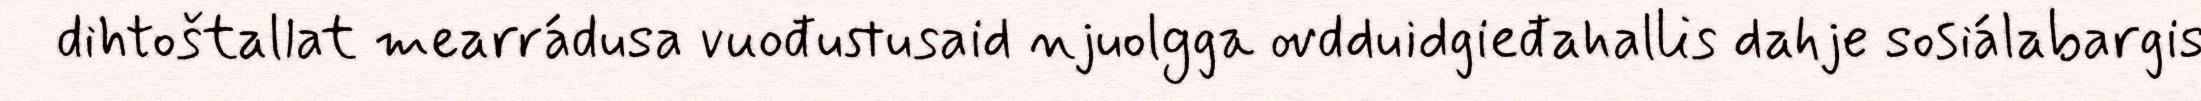
dihtoštallat mearrádusa vuođustusaid njuolgga ovdduidgieđahallis dahje sosiálabargis